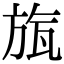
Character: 旊